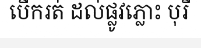
បើករត់ ដល់ផ្លូវភ្លោះ បុរី